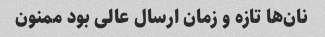
نان‌ها تازه و زمان ارسال عالی بود ممنون